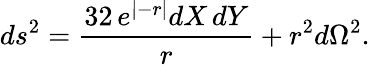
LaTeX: ds^{2}={\frac{32\, e^{\vert-r\vert}dX\, dY}{r}}+r^{2}d\Omega^{2}.